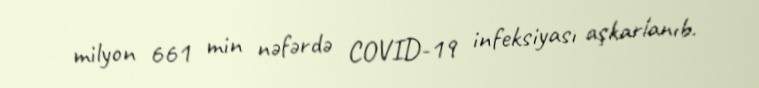
milyon 661 min nəfərdə COVID-19 infeksiyası aşkarlanıb.